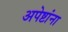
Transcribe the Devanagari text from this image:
अपेष्टांना